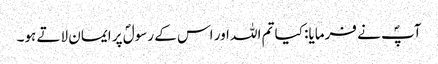
آپؐ نے فرمایا: کیا تم اللہ اور اس کے رسولؐ پر ایمان لاتے ہو۔